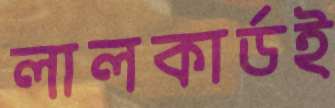
লালকার্ডই